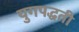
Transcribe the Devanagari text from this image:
युगपद्धती